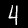
Label: 4